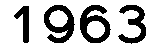
1963